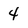
Character: 4